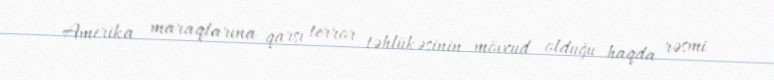
Amerika maraqlarına qarşı terror təhlükəsinin mövcud olduğu haqda rəsmi